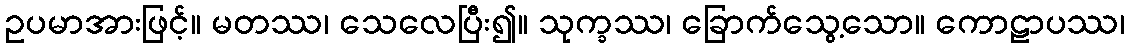
ဥပမာအားဖြင့်။ မတဿ၊ သေလေပြီး၍။ သုက္ခဿ၊ ခြောက်သွေ့သော။ ကောဠာပဿ၊